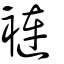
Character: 褳